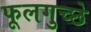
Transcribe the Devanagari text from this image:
फूलगुच्छे